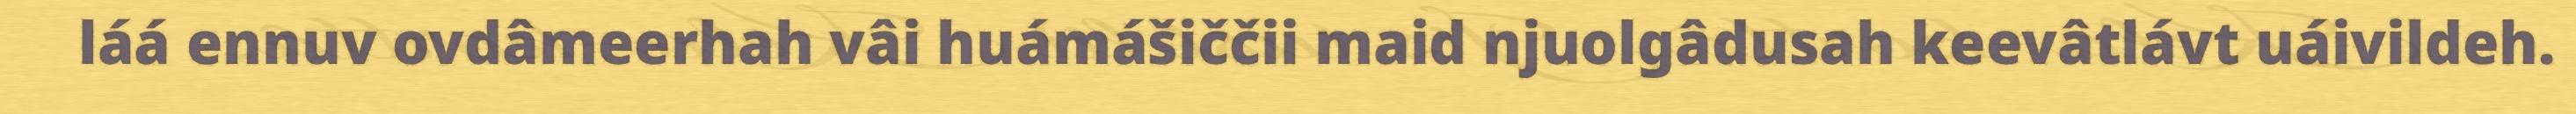
láá ennuv ovdâmeerhah vâi huámášiččii maid njuolgâdusah keevâtlávt uáivildeh.